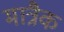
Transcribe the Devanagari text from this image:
मात्रैक